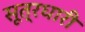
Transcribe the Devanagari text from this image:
सूत्रधारी